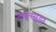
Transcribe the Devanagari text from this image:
ओढूनसुद्धा